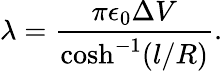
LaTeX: \lambda=\frac{\pi\epsilon_{0}\Delta V}{\cosh^{-1}(l/R)}.